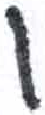
אות: ו